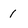
Character: 1